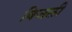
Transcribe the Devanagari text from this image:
बिजली